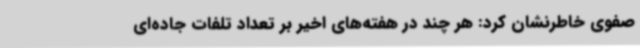
صفوی خاطرنشان کرد: هر چند در هفته‌های اخیر بر تعداد تلفات جاده‌ای